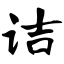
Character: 诘